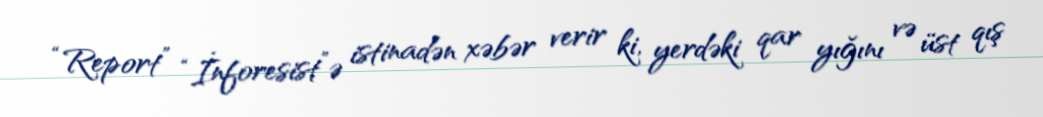
“Report” “İnforesist”ə istinadən xəbər verir ki, yerdəki qar yığını və üst qış